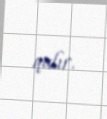
qalır.